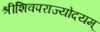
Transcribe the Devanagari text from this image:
श्रीशिवपराज्योदयम्